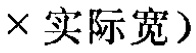
$\times 实际宽)$